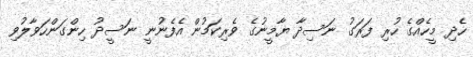
ހެދި މީހެއްގެ ހުރި ފަރަގު ނަސިދާ ޔާމީނުގެ ވެރިކަމުން އެފެނުނީ ނަސީދު ހިންގަންހަވާލުވި